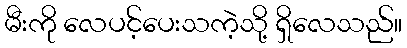
မီးကို လေပင့်ပေးသကဲ့သို့ ရှိလေသည်။